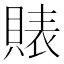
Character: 𧶫